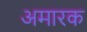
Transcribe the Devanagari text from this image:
अमारक